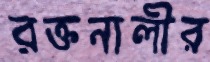
রক্তনালীর